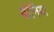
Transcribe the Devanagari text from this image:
बोनिया